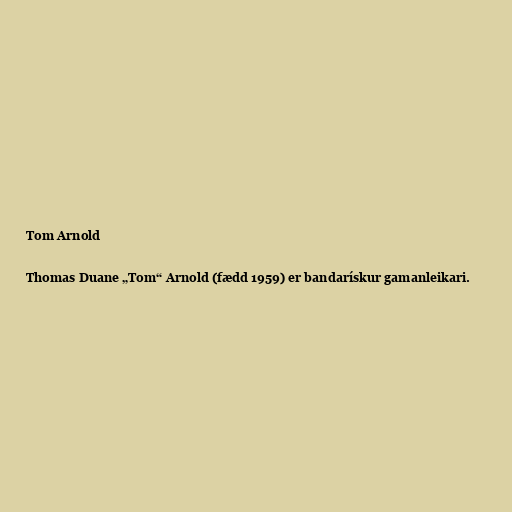
Tom Arnold

Thomas Duane „Tom“ Arnold (fædd 1959) er bandarískur gamanleikari.